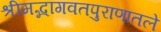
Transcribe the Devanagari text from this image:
श्रीमद्भागवतपुराणातले